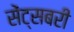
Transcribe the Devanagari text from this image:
सेंट्सबरी